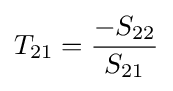
T_{21}={\frac {-S_{22}}{S_{21}}}